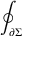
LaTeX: \oint _ { \partial \Sigma }